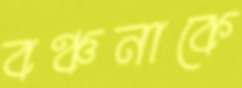
বঞ্চনাকে